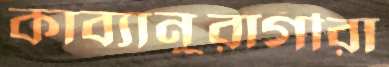
কাব্যানুরাগীরা